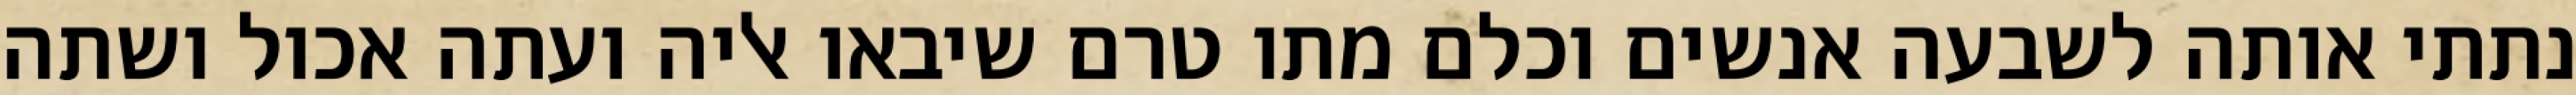
נתתי אותה לשבעה אנשים וכלם מתו טרם שיבאו אליה ועתה אכול ושתה